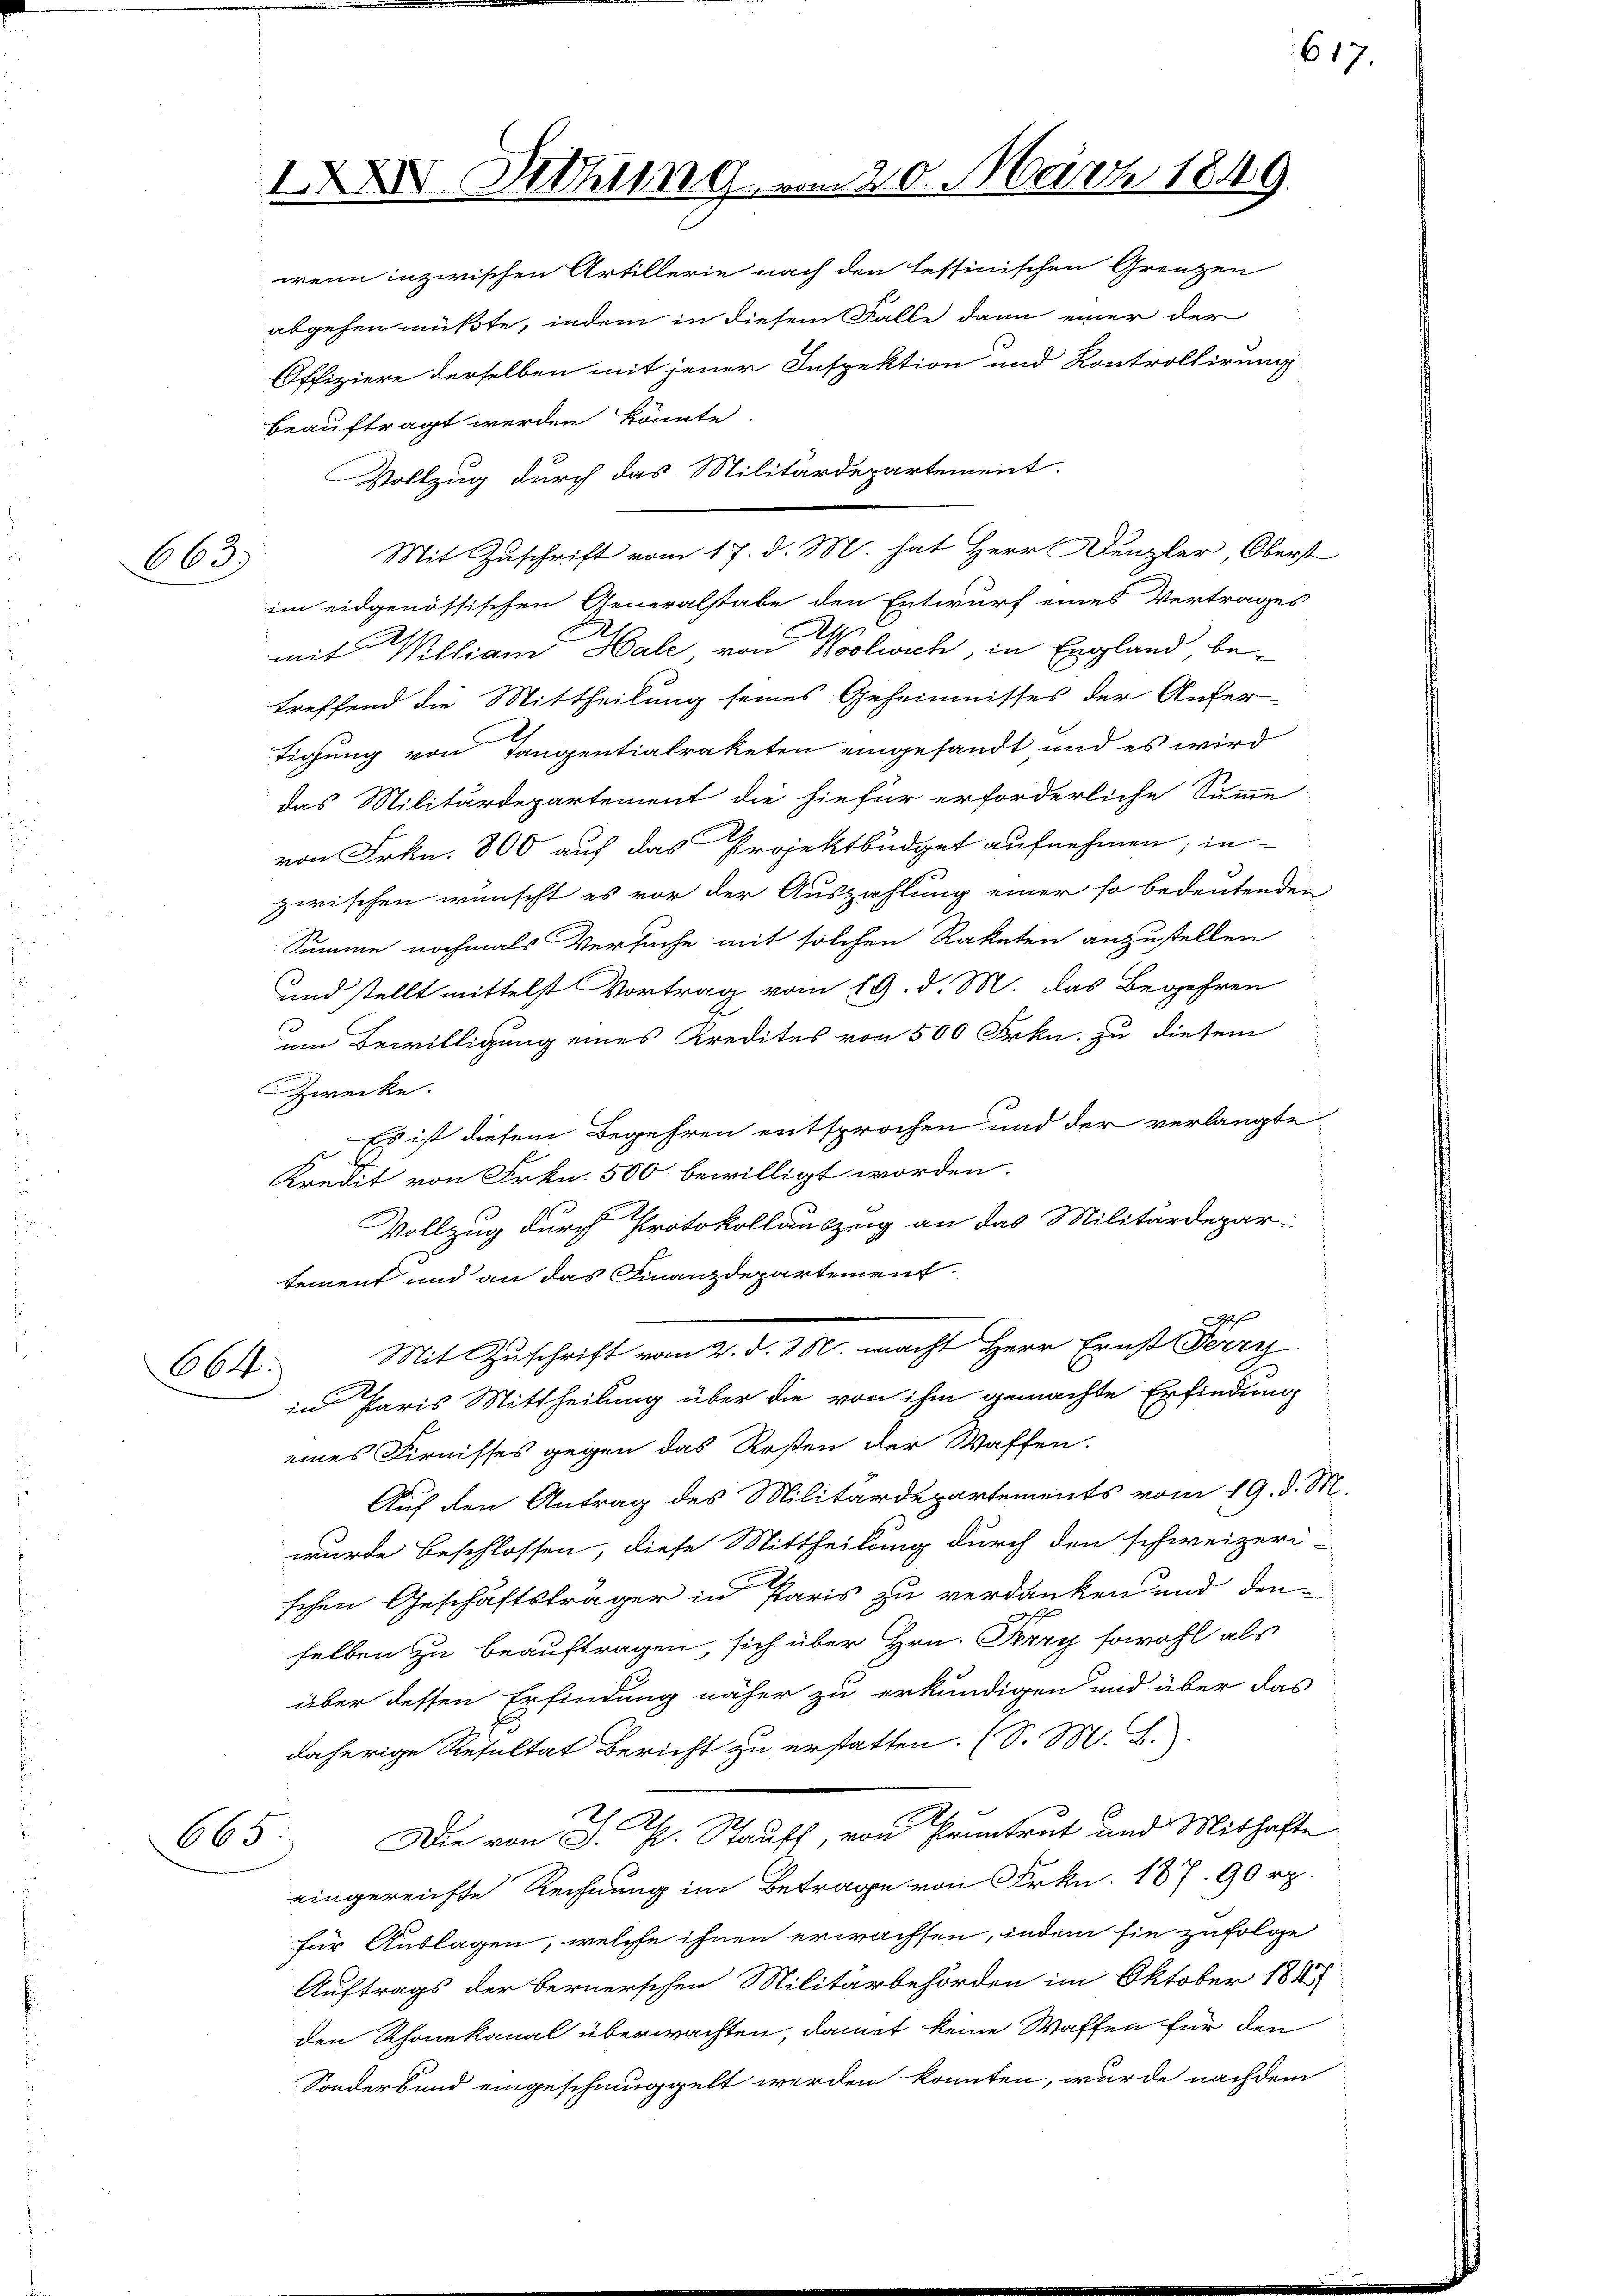
663.

IXXIV. Diehung vom 20. März 1849.

wenn inzwischen Artillerie nach den Tessinischen Grenzen
abgehen müßte, indem in diesem Falle dann einer der
Offiziere derselben mit jener Inspektion und Kontrollirung
beauftragt werden könnte.
Vollzug durch das Militärdepartement.
Mit Zuschrift vom 17. d. M. hat Herr Denzler, Oberst
im eidgenössischen Generalstabe den Entwurf eines Vertrages
mit William Hale von Woolwich, in England betreffend die Mittheilung seines Geheimnisses der Aufer-
tigung von Tangentialraketen eingesandt und es wird
das Militärdepartement die hiefür erforderliche Summe
von Frkn. 800 auf das Projektbüdget aufnehmen; in-
zwischen wünscht es vor der Auszahlung einer so bedeutenden
Summe nochmals Versuche mit solchen Raketen anzustellen
und stellt mittelst Vortrag vom 19. d. M. das Begehren
um Bewilligung eines Kredites von 500 Frkn. zu diesem
Zwecke.
Es ist diesem Begehren entsprochen und der verlangte
Kredit von Frkn. 500 bewilligt worden.
Vollzug durch Protokollauszug an das Militärdepar-
tement und an das Finanzdepartement
2f
Mit Zuschrift vom 2. d. 350. macht Herr Ernst Ferry
664.
in Paris Mittheilung über die von ihm gemachte Erfindung
eines Firnisses gegen das Rosen der Waffen.
Auf den Antrag des Militärdepartements vom 19. d. M.
wurde beschlossen, diese Mittheilung durch den schweizeri-
schen Geschäftsträger in Paris zu verdanken und den-
selben zu beauftragen, sich über Hrn. Perry sowohl als
über dessen Erfindung näher zu erkundigen und über das
daherige Resultat Bericht zu erstatten. (S. M. B.
Die von J. R. Stauft, von Pruntrut und Mithafte
665
eingereichte Rechnung im Betrage von Frkn. 187. 90 rp.
für Auslagen, welche ihnen erwachsen, indem sie zufolge
Auftrags der bernerschen Militärbehörden im Oktober 184
den Rhonekanal überwachten, damit keine Waffen für den
Sonderbund eingeschmüppelt werden konnten, wurde nachdem

617.